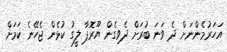
އަހަރުމެންނަށް ދެ ވަނަ ބުރަށް ދެވިގެން ޔޫރޮޕާ ލީގު ކުޅެން ޖެހޭނެ ކަމަށް